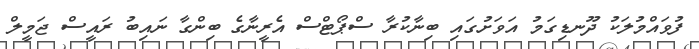
ފުވައްމުލަކު ދޫނޑިގަމު އަވަށުގައި ބިނާކުރާ ސްޕޯޓްސް އެރީނާގެ ބިންގާ ނައިބު ރައީސް ޖަމީލް